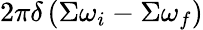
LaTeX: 2\pi\delta\left(\Sigma\omega_{i}-\Sigma\omega_{f}\right)